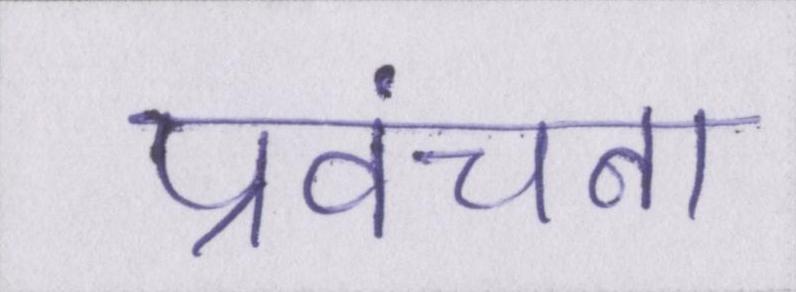
प्रवंचना